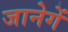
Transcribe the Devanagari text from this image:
जानेगें